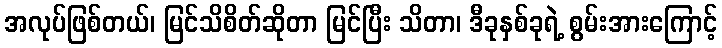
အလုပ်ဖြစ်တယ်၊ မြင်သိစိတ်ဆိုတာ မြင်ပြီး သိတာ၊ ဒီခုနှစ်ခုရဲ့ စွမ်းအားကြောင့်